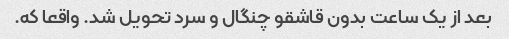
بعد از یک ساعت بدون قاشقو چنگال و سرد تحویل شد. واقعا که.